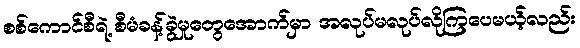
စစ်ကောင်စီရဲ့ စီမံခန့်ခွဲမှုတွေအောက်မှာ အလုပ်မလုပ်လိုကြပေမယ့်လည်း